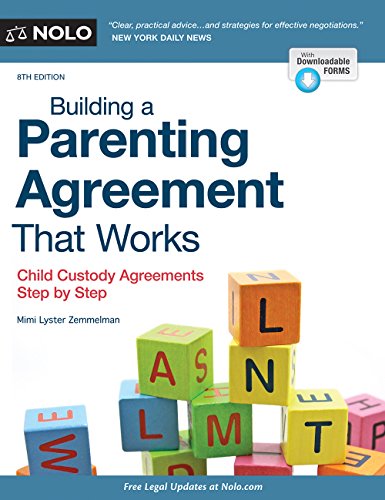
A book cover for Building a Parenting Agreement That Works: Child Custody Agreements Step by Step; Mimi Lyster Zemmelman; Business & Money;